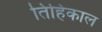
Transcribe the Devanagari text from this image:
तिहिकाल